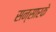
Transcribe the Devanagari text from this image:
सन्सारके